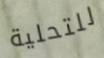
للتحلية